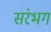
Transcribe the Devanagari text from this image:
संरभग